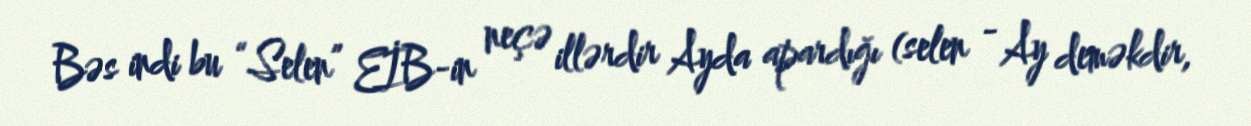
Bəs indi bu “Selen” EİB-in neçə illərdir Ayda apardığı (selen - Ay deməkdir,